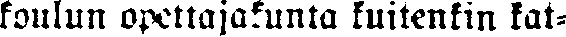
koulun opettajakunta kuitenkin kat-